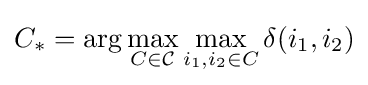
C_{*}=\arg \max _{C\in {\mathcal {C}}}\max _{i_{1},i_{2}\in C}\delta (i_{1},i_{2})